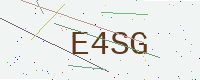
Text: E4SG